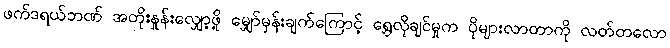
ဖက်ဒရယ်ဘဏ် အတိုးနှုန်းလျှော့ဖို့ မျှော်မှန်းချက်ကြောင့် ရွှေလိုချင်မှုက ပိုများလာတာကို လတ်တလော